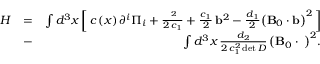
\begin{array} { r l r } { H } & { = } & { \int { { d ^ { 3 } } x } \left[ \, { c \left( x \right) { \partial ^ { i } } { \Pi _ { i } } + \frac { { { { \bf \Pi } ^ { 2 } } } } { { 2 \, { c _ { 1 } } } } + \frac { { { c _ { 1 } } } } { 2 } \, { { \bf b } ^ { 2 } } - \frac { { { d _ { 1 } } } } { 2 } { { \left( { { \bf B } _ { 0 } \cdot { \bf b } } \right) } ^ { 2 } } } \, \right] } \\ & { - } & { \int { { d ^ { 3 } } x } \, \frac { { { d _ { 2 } } } } { { 2 \, c _ { 1 } ^ { 2 } \operatorname* { d e t } D } } \, { \left( { { \bf B } _ { 0 } \cdot { \bf \Pi } } \right) ^ { 2 } } . } \end{array}